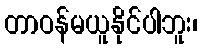
တာဝန်မယူနိုင်ပါဘူး၊